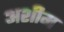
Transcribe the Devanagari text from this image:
अशीम